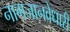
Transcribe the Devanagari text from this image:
नागजानवेधारी